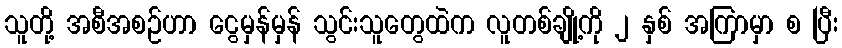
သူတို့ အစီအစဉ်ဟာ ငွေမှန်မှန် သွင်းသူတွေထဲက လူတစ်ချို့ကို ၂ နှစ် အကြာမှာ စ ပြီး